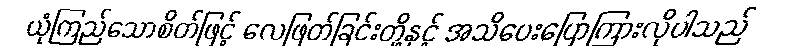
ယုံကြည်သောစိတ်ဖြင့် လေဖြတ်ခြင်းတို့နှင့် အသိပေးပြောကြားလိုပါသည်